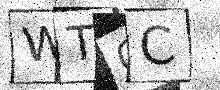
Text: WTCC